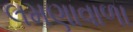
લમણાવાળા